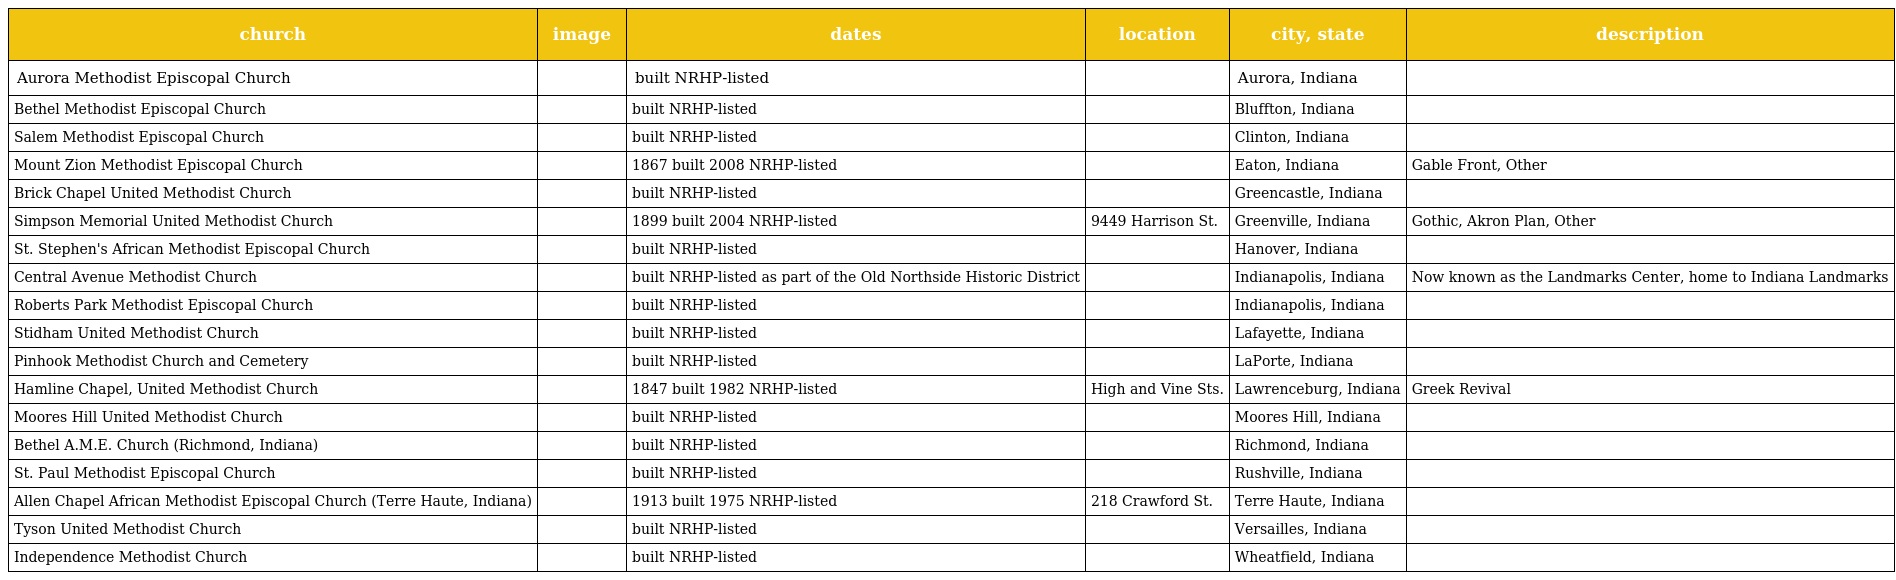
| church | image | dates | location | city, state | description |
 | --- | --- | --- | --- | --- | --- |
 | Aurora Methodist Episcopal Church |  | built NRHP-listed |  | Aurora, Indiana |  |
 | Bethel Methodist Episcopal Church |  | built NRHP-listed |  | Bluffton, Indiana |  |
 | Salem Methodist Episcopal Church |  | built NRHP-listed |  | Clinton, Indiana |  |
 | Mount Zion Methodist Episcopal Church |  | 1867 built 2008 NRHP-listed |  | Eaton, Indiana | Gable Front, Other |
 | Brick Chapel United Methodist Church |  | built NRHP-listed |  | Greencastle, Indiana |  |
 | Simpson Memorial United Methodist Church |  | 1899 built 2004 NRHP-listed | 9449 Harrison St. | Greenville, Indiana | Gothic, Akron Plan, Other |
 | St. Stephen's African Methodist Episcopal Church |  | built NRHP-listed |  | Hanover, Indiana |  |
 | Central Avenue Methodist Church |  | built NRHP-listed as part of the Old Northside Historic District |  | Indianapolis, Indiana | Now known as the Landmarks Center, home to Indiana Landmarks |
 | Roberts Park Methodist Episcopal Church |  | built NRHP-listed |  | Indianapolis, Indiana |  |
 | Stidham United Methodist Church |  | built NRHP-listed |  | Lafayette, Indiana |  |
 | Pinhook Methodist Church and Cemetery |  | built NRHP-listed |  | LaPorte, Indiana |  |
 | Hamline Chapel, United Methodist Church |  | 1847 built 1982 NRHP-listed | High and Vine Sts. | Lawrenceburg, Indiana | Greek Revival |
 | Moores Hill United Methodist Church |  | built NRHP-listed |  | Moores Hill, Indiana |  |
 | Bethel A.M.E. Church (Richmond, Indiana) |  | built NRHP-listed |  | Richmond, Indiana |  |
 | St. Paul Methodist Episcopal Church |  | built NRHP-listed |  | Rushville, Indiana |  |
 | Allen Chapel African Methodist Episcopal Church (Terre Haute, Indiana) |  | 1913 built 1975 NRHP-listed | 218 Crawford St. | Terre Haute, Indiana |  |
 | Tyson United Methodist Church |  | built NRHP-listed |  | Versailles, Indiana |  |
 | Independence Methodist Church |  | built NRHP-listed |  | Wheatfield, Indiana |  |